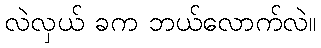
လဲလှယ် ခက ဘယ်လောက်လဲ။